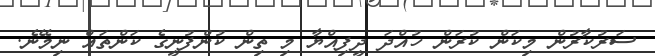
ސަރުކާރުން މިކަން ކުރަން ހުއްދަ ދީފިއްޔާ މި ތިން ކުންފުނީގެ ކަންތައް ނިމޭނެ.